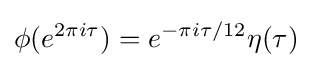
\phi (e^{2\pi i\tau })=e^{-\pi i\tau /12}\eta (\tau )